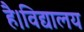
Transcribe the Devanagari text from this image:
है।विद्यालय